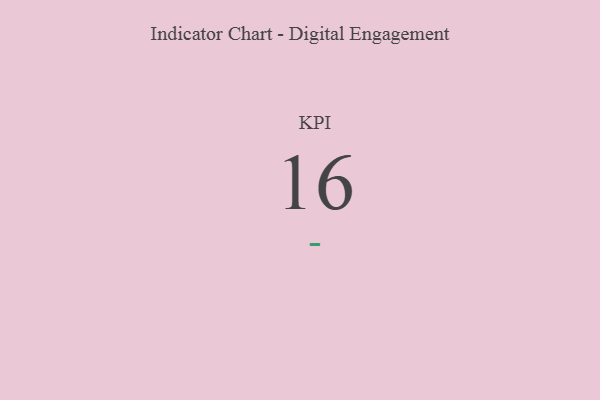
{"axis": {"x": "KPI", "y": "Value"}, "legend": [""], "data": [{"x": "KPI", "y": 16, "type": ""}]}